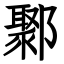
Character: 鄹